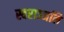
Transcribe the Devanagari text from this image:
स्वराञ्जलि